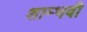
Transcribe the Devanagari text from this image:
शाम्भवी